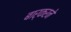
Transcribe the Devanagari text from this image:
बार्करने